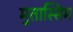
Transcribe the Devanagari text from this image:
मुतास्सिम